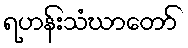
ရဟန်းသံဃာတော်